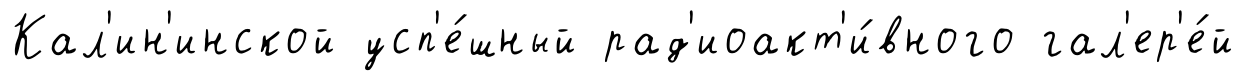
Кал'ин'инской усп'е́шный рад'иоакт'и́вного гал'ер'е́й